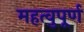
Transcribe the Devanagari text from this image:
महत्वुपूर्ण